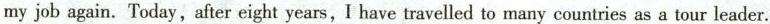
my job again. Today,after eight years, I have travelled to many countries as a tour leader.